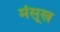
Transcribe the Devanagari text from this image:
मंसूख